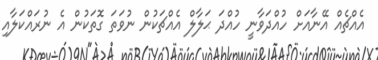
އެއްޗެއް އޭނާއަށް ހުއްދަވާނީ ހުއްދަ ޙަލާލް އެއްޗަކުން ނުވަތަ ގޮތަކުން އެ ނުރައްކަލާއި